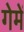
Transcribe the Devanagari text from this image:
गेमें